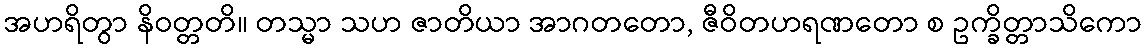
အဟရိတွာ နိဝတ္တတိ။ တသ္မာ သဟ ဇာတိယာ အာဂတတော, ဇီဝိတဟရဏတော စ ဥက္ခိတ္တာသိကော